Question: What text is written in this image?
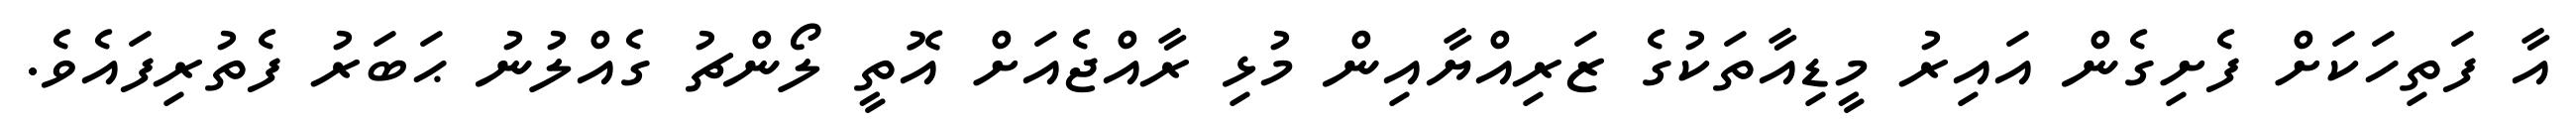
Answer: އާ ފަތިހަކަށް ފެށިގެން އައިރު މީޑިއާތަކުގެ ޒަރިއްޔާއިން މުޅި ރާއްޖެއަށް އޮތީ ލޯންޗު ގެއްލުނު ޙަބަރު ފެތުރިފައެވެ.